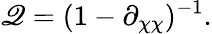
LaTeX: \mathscr{Q}=(1-\partial_{\chi\chi})^{-1}.